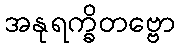
အနုရက္ခိတဗ္ဗော